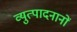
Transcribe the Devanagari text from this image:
व्युत्पादनानों